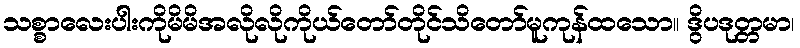
သစ္စာလေးပါးကိုမိမိအလိုလိုကိုယ်တော်တိုင်သိတော်မူကုန်ထသော။ ဒွိပဒုတ္တမာ၊